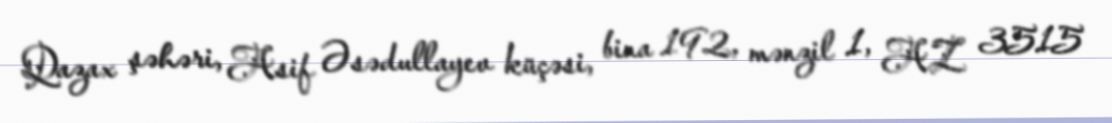
Qazax şəhəri, Asif Əsədullayev küçəsi, bina 192, mənzil 1, AZ 3515